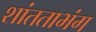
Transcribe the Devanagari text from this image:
शांतताभंग